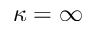
\kappa = \infty